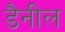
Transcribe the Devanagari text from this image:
डैनील